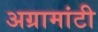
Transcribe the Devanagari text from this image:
अग्रामांटी